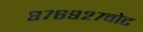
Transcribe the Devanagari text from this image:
८७६९२७वोट